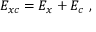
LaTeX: E _ { x c } = E _ { x } + E _ { c } \ ,